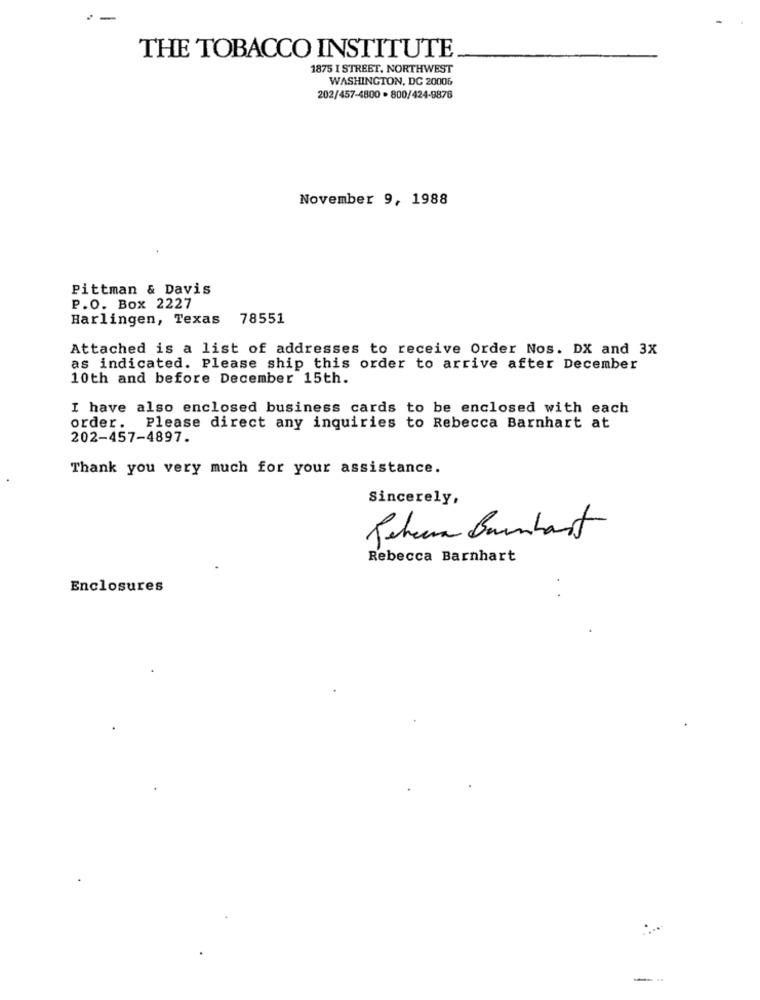
THE TOBACCO INSTITUTE
1875 I STREET, NORTHWEST
WASHINGTON, DC 20006
202/457-4800 . 800/424-9876
November 9, 1988
Pittman & Davis
P.O. Box 2227
Harlingen, Texas
78551
Attached is a list of addresses to receive Order Nos. DX and 3X
as indicated. Please ship this order to arrive after December
10th and before December 15th.
I have also enclosed business cards to be enclosed with each
order. Please direct any inquiries to Rebecca Barnhart at
202-457-4897.
Thank you very much for your assistance.
Sincerely,
Jehera Barnhart
Rebecca Barnhart
Enclosures
--